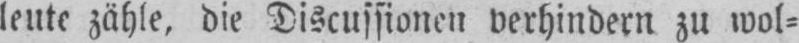
leute zähle, die Discussionen verhindern zu wol⸗